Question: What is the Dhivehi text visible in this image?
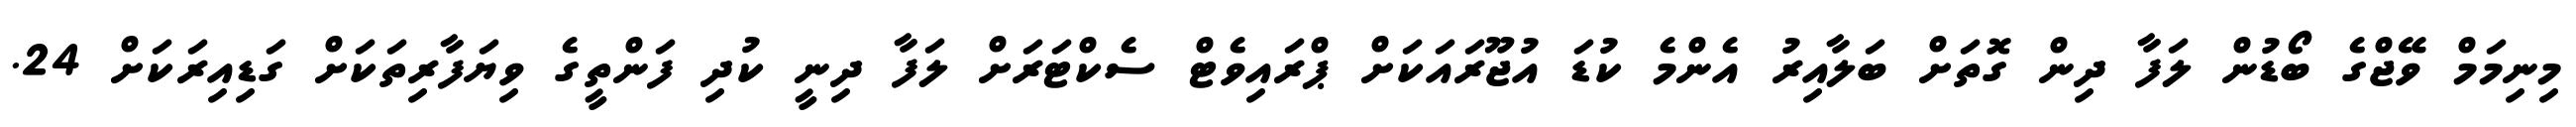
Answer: މިނިމަމް ވޭޖްގެ ބޯޑުން ލަފާ ދިން ގޮތަށް ބަލާއިރު އެންމެ ކުޑަ އުޖޫރައަކަށް ޕްރައިވެޓް ސެކްޓަރަށް ލަފާ ދިނީ ކުދި ފަންތީގެ ވިޔަފާރިތަކަށް ގަޑިއިރަކަށް 24.